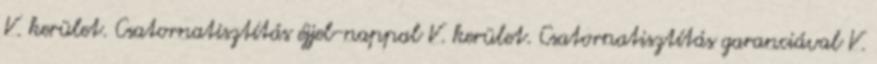
V. kerület. Csatornatisztítás éjjel-nappal V. kerület. Csatornatisztítás garanciával V.